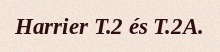
Harrier T.2 és T.2A.